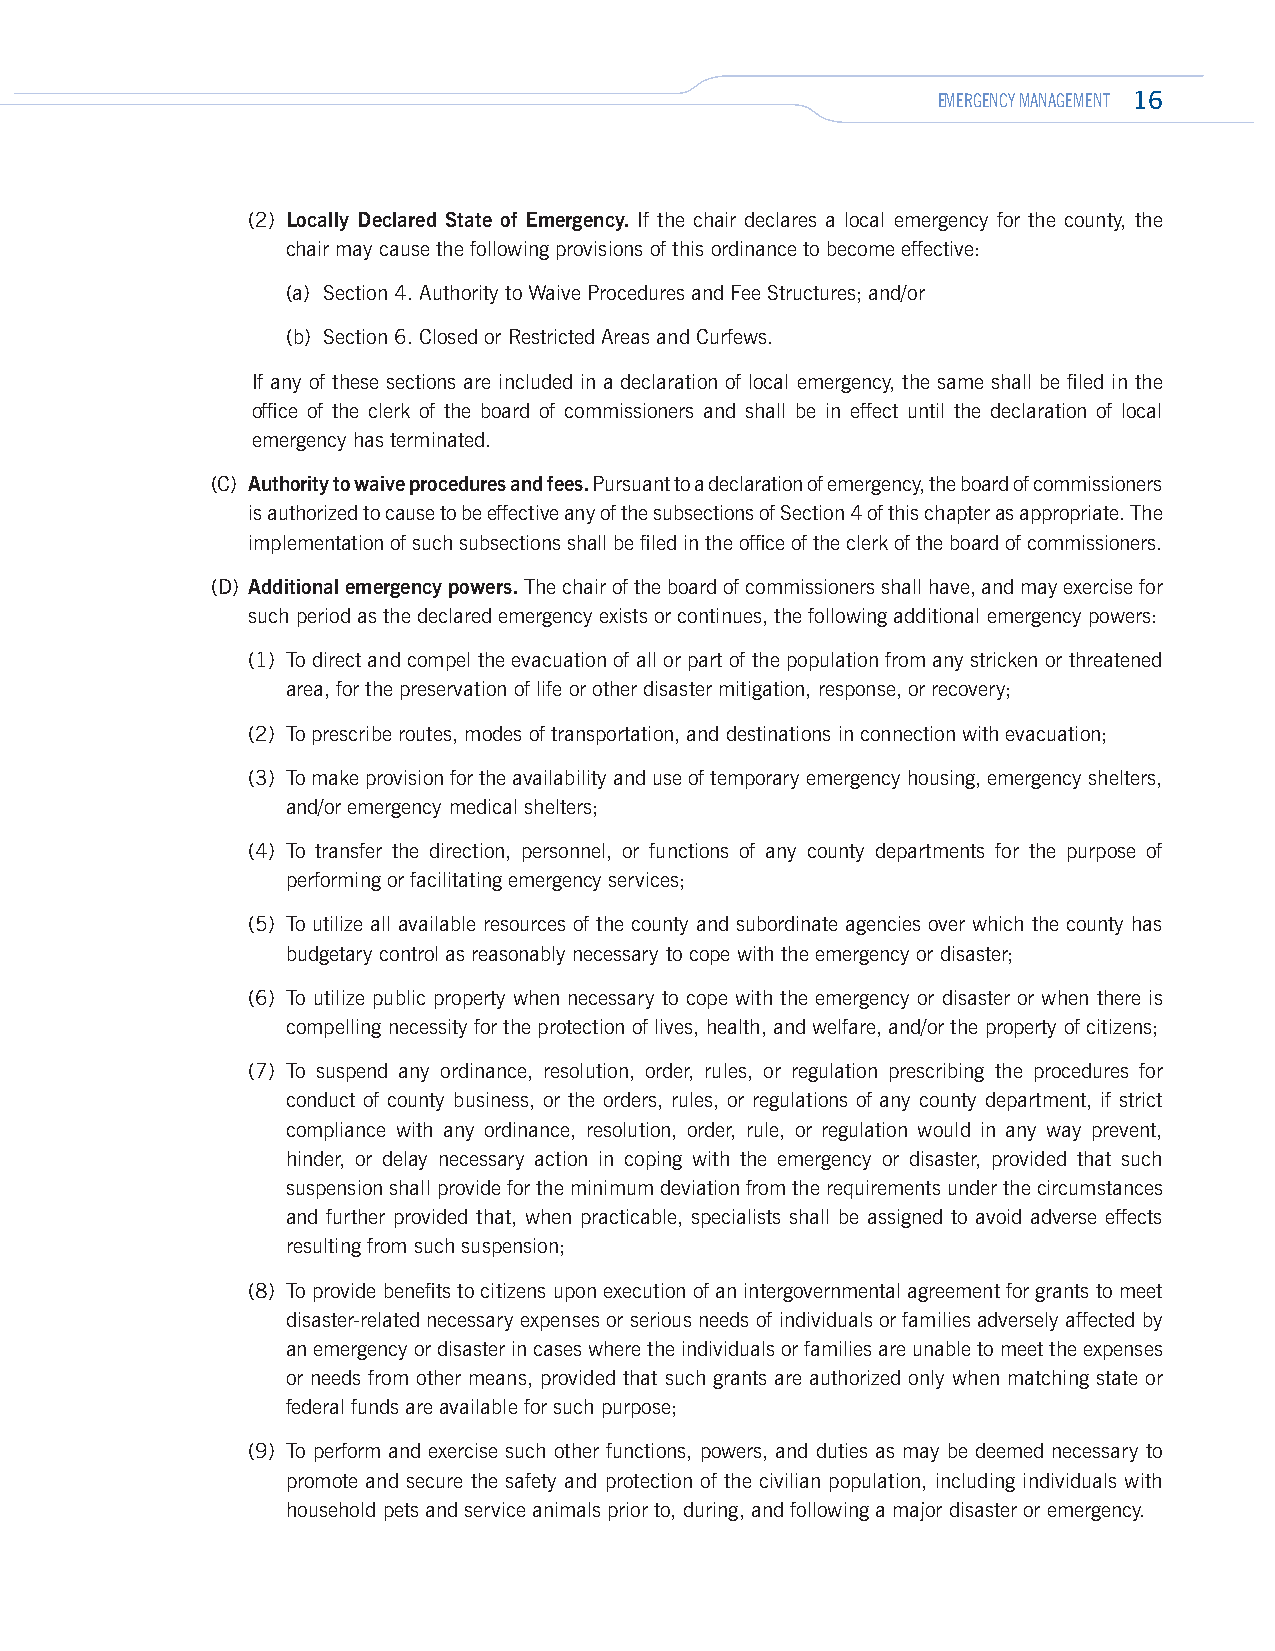
EMERGENCY MANAGEMENT 16
 (2) Locally Declared State of Emergency. If the chair declares a local emergency for the county, the
 chair may cause the following provisions of this ordinance to become effective:
 (a) Section 4. Authority to Waive Procedures and Fee Structures; and/or
 (b) Section 6. Closed or Restricted Areas and Curfews.
 If any of these sections are included in a declaration of local emergency, the same shall be filed in the
 office of the clerk of the board of commissioners and shall be in effect until the declaration of local
 emergency has terminated.
 (C) Authority to waive procedures and fees. Pursuant to a declaration of emergency, the board of commissioners
 is authorized to cause to be effective any of the subsections of Section 4 of this chapter as appropriate. The
 implementation of such subsections shall be filed in the office of the clerk of the board of commissioners.
 (D) Additional emergency powers. The chair of the board of commissioners shall have, and may exercise for
 such period as the declared emergency exists or continues, the following additional emergency powers:
 (1) To direct and compel the evacuation of all or part of the population from any stricken or threatened
 area, for the preservation of life or other disaster mitigation, response, or recovery;
 (2) To prescribe routes, modes of transportation, and destinations in connection with evacuation;
 (3) To make provision for the availability and use of temporary emergency housing, emergency shelters,
 and/or emergency medical shelters;
 (4) To transfer the direction, personnel, or functions of any county departments for the purpose of
 performing or facilitating emergency services;
 (5) To utilize all available resources of the county and subordinate agencies over which the county has
 budgetary control as reasonably necessary to cope with the emergency or disaster;
 (6) To utilize public property when necessary to cope with the emergency or disaster or when there is
 compelling necessity for the protection of lives, health, and welfare, and/or the property of citizens;
 (7) To suspend any ordinance, resolution, order, rules, or regulation prescribing the procedures for
 conduct of county business, or the orders, rules, or regulations of any county department, if strict
 compliance with any ordinance, resolution, order, rule, or regulation would in any way prevent,
 hinder, or delay necessary action in coping with the emergency or disaster, provided that such
 suspension shall provide for the minimum deviation from the requirements under the circumstances
 and further provided that, when practicable, specialists shall be assigned to avoid adverse effects
 resulting from such suspension;
 (8) To provide benefits to citizens upon execution of an intergovernmental agreement for grants to meet
 disaster-related necessary expenses or serious needs of individuals or families adversely affected by
 an emergency or disaster in cases where the individuals or families are unable to meet the expenses
 or needs from other means, provided that such grants are authorized only when matching state or
 federal funds are available for such purpose;
 (9) To perform and exercise such other functions, powers, and duties as may be deemed necessary to
 promote and secure the safety and protection of the civilian population, including individuals with
 household pets and service animals prior to, during, and following a major disaster or emergency.